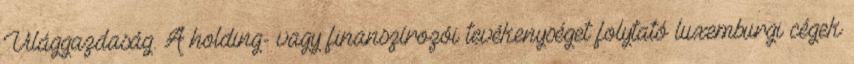
Világgazdaság. A holding- vagy finanszírozói tevékenységet folytató luxemburgi cégek